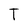
Character: T